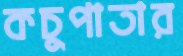
কচুপাতার